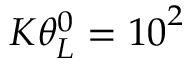
K \theta _ { L } ^ { 0 } = { { 1 0 } ^ { 2 } }